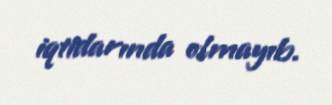
iqtidarında olmayıb.